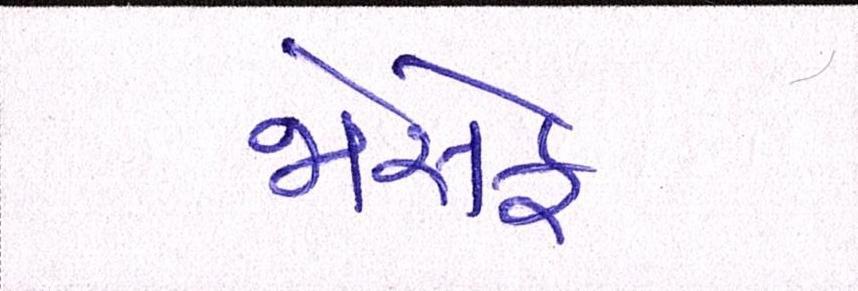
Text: જોસેફ